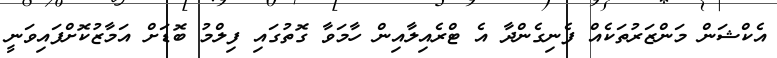
އެކްޝަން މަންޒަރުތަކެއް ފެނިގެންދާ އެ ޓްރެއިލާއިން ހާމަވާ ގޮތުގައި ފިލްމު ބޮޑަށް އަމާޒުކޮށްފައިވަނީ